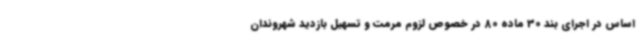
اساس در اجرای بند 30 ماده 80 در خصوص لزوم مرمت و تسهیل بازدید شهروندان